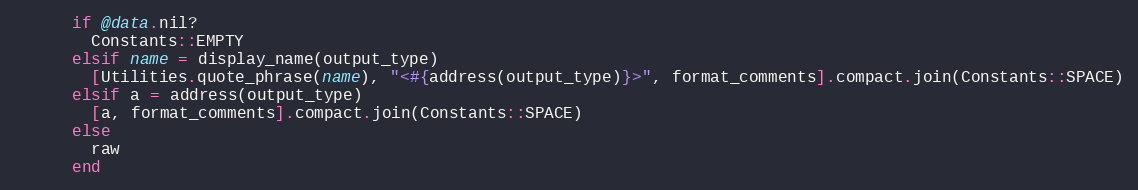
Language: Ruby
      if @data.nil?
        Constants::EMPTY
      elsif name = display_name(output_type)
        [Utilities.quote_phrase(name), "<#{address(output_type)}>", format_comments].compact.join(Constants::SPACE)
      elsif a = address(output_type)
        [a, format_comments].compact.join(Constants::SPACE)
      else
        raw
      end